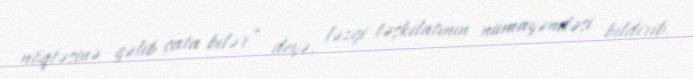
nöqtəsinə gəlib çata bilər” deyə, ləzgi təşkilatının nümayəndəsi bildirib.